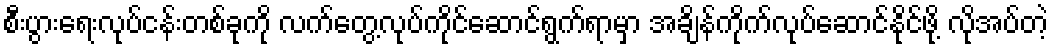
စီးပွားရေးလုပ်ငန်းတစ်ခုကို လက်တွေ့လုပ်ကိုင်ဆောင်ရွက်ရာမှာ အချိန်ကိုက်လုပ်ဆောင်နိုင်ဖို့ လိုအပ်တဲ့